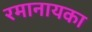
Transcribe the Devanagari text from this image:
रमानायका